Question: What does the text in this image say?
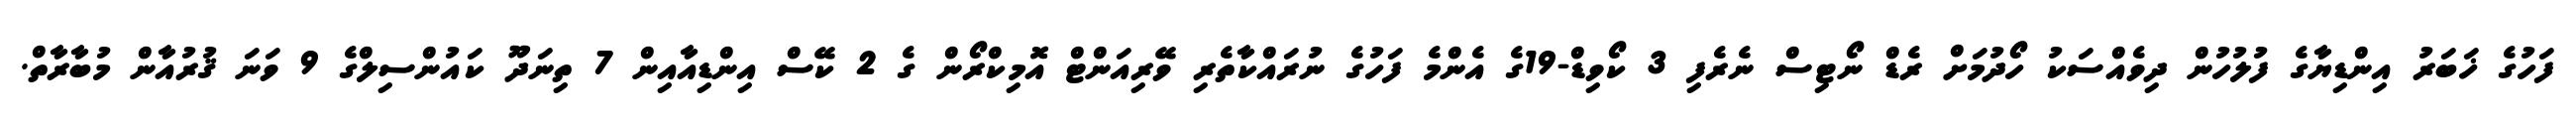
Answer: ފަހުގެ ޚަބަރު އިންޑިޔާގެ ފުލުހުން ދިވެއްސަކު ހޯދުމަށް ރެޑް ނޯޓިސް ނެރެފި 3 ކޯވިޑް-19ގެ އެންމެ ފަހުގެ ނުރައްކާތެރި ވޭރިއަންޓް އޮމިކްރޯން ގެ 2 ކޭސް އިންޑިއާއިން 7 ތިނަދޫ ކައުންސިލްގެ 9 ވަނަ ޤުރުއާން މުބާރާތް.